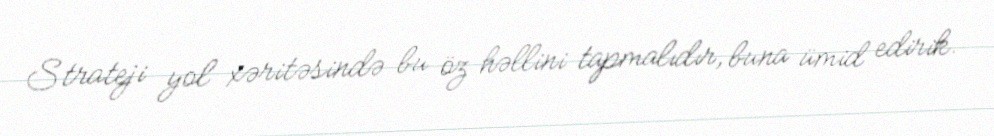
Strateji yol xəritəsində bu öz həllini tapmalıdır, buna ümid edirik.